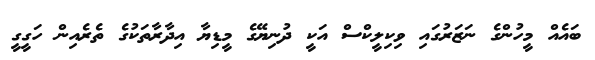
ބައެއް މީހުންގެ ނަޒަރުގައި ވިކިލީކްސް އަކީ ދުނިޔޭގެ މީޑިޔާ އިދާރާތަކުގެ ތެރެއިން ހަގީގީ